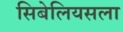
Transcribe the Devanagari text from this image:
सिबेलियसला